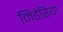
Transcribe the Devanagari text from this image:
निडेरिया